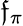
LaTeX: \mathfrak{f}_{\pi}